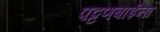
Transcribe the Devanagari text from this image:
पट्टणबाईंना